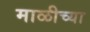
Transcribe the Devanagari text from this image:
माळीच्या